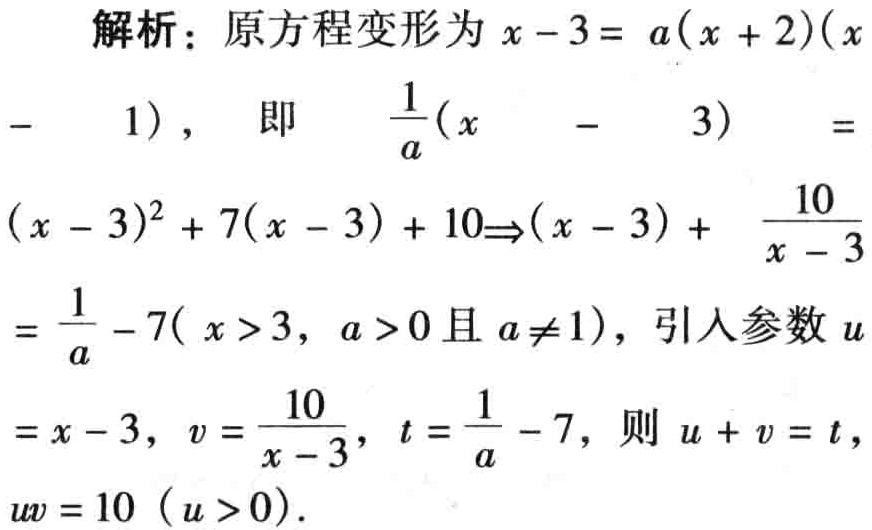
解析：原方程变形为\(x - 3 = a(x + 2)(x - 1)\)，即\(\frac{1}{a}(x - 3)=(x - 3)^2 + 7(x - 3) + 10\Rightarrow(x - 3) + \frac{10}{x - 3}=\frac{1}{a}-7(x > 3,a > 0且a\neq1)\)，引入参数\(u = x - 3\)，\(v = \frac{10}{x - 3}\)，\(t = \frac{1}{a}-7\)，则\(u + v = t\)，\(uv = 10(u > 0)\)。